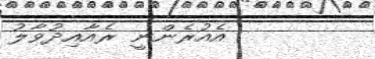
އެއުރެންނީ ރެއާއިދުވާލު